Papers set at the Examination for Leaving Certificates, 1892
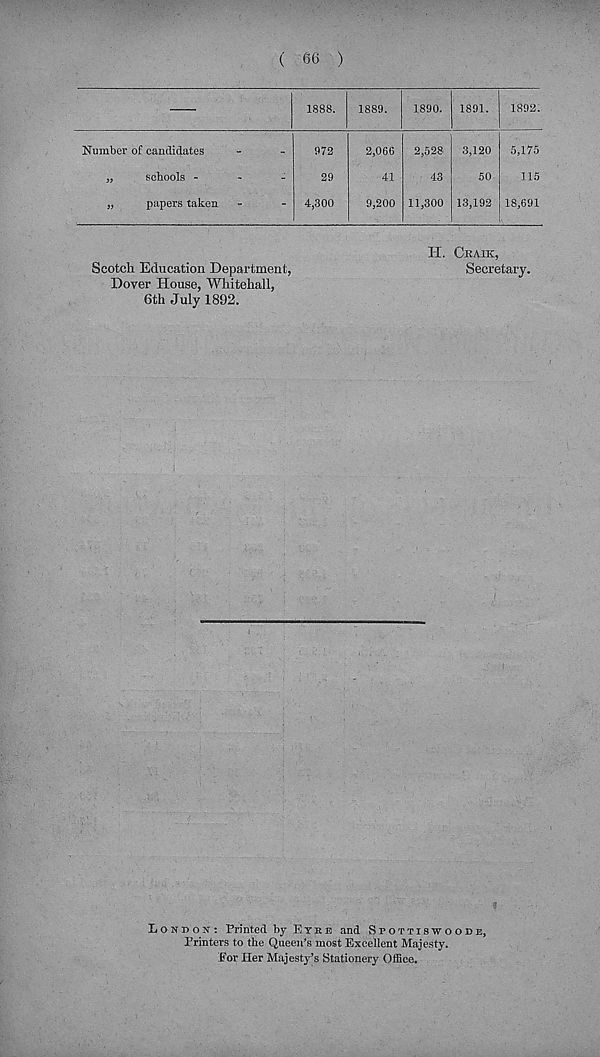
( 66 )
1888. 1889.
1890. 1891. 1892.
Number of candidates
„
schools -
„
papers taken
972
29
4,300
2,066
41
9,200
2,528
43
11,300
3,120
50
13,192
5,175
115
18,691
Scotch Education Department,
Dover House, Whitehall,
6th July 1892.
H. Ckaik,
Secretary.
Lon no s': Printed by Eye e and Spottisivoode,
Printers to the Queen’s most Excellent Majesty.
.fc’or Her Majesty’s Stationery Office.